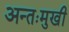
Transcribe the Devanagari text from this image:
अन्तःमुखी